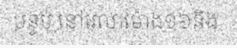
បន្ទប់ នៅវេលាម៉ោង១៦និង